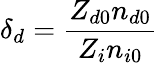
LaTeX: \delta_{d}=\frac{Z_{d0}n_{d0}}{Z_{i}n_{i0}}